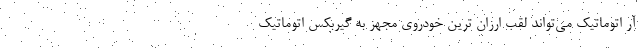
آر اتوماتیک می‌تواند لقب ارزان ترین خودروی مجهز به گیربکس اتوماتیک